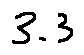
3 . 3